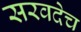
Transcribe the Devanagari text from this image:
सरवदेच